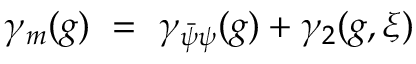
\gamma _ { m } ( g ) ~ = ~ \gamma _ { \bar { \psi } \psi } ( g ) + \gamma _ { 2 } ( g , \xi )